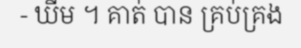
- ឃីម ។ គាត់ បាន គ្រប់គ្រង